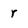
Character: r